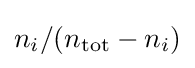
n_{i}/(n_{\mathrm {tot} }-n_{i})